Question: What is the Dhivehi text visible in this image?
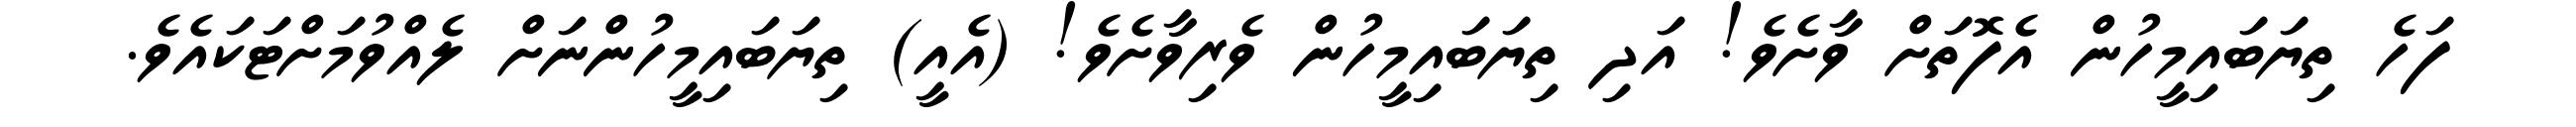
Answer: ފަހެ ތިޔަބައިމީހުން އެފޮތަށް ވާށެވެ! އަދި ތިޔަބައިމީހުން ވެރިވާށެވެ! (އެއީ) ތިޔަބައިމީހުންނަށް ލެއްވުމަށްޓަކައެވެ.